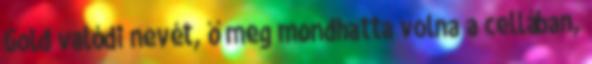
Gold valódi nevét, ő meg mondhatta volna a cellában,